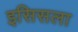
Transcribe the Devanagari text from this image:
इसिसला